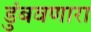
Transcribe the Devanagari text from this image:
डुंबवणारा